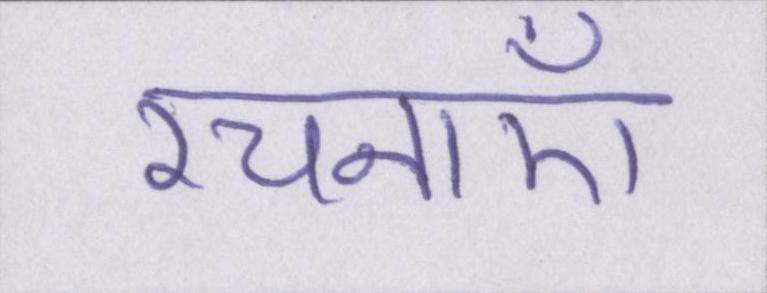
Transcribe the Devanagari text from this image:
रचनाएँ